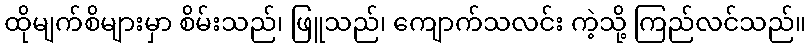
ထိုမျက်စိများမှာ စိမ်းသည်၊ ဖြူသည်၊ ကျောက်သလင်း ကဲ့သို့ ကြည်လင်သည်။